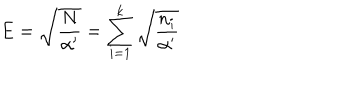
E = \sqrt { \frac { N } { \alpha ^ { \prime } } } = \sum _ { i = 1 } ^ { k } \sqrt { \frac { n _ { i } } { \alpha ^ { \prime } } }